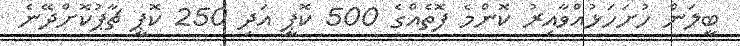
ބީލަން ހުށަހަޅުއްވާއިރު ކޮންމެ ފޮތެއްގެ 500 ކޮޕީ އަދި 250 ކޮޕީ ޗާޕުކޮށްދޭނެ